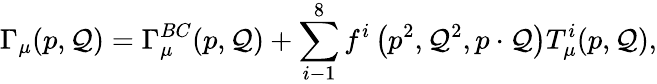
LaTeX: \Gamma_{\mu}(p,\mathcal{Q})=\Gamma_{\mu}^{BC}(p,\mathcal{Q})+\sum_{i-1}^{8}f^{i}\left(p^{2},\mathcal{Q}^{2},p\cdot\mathcal{Q}\right)T_{\mu}^{i}(p,\mathcal{Q}),